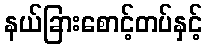
နယ်ခြားစောင့်တပ်နှင့်